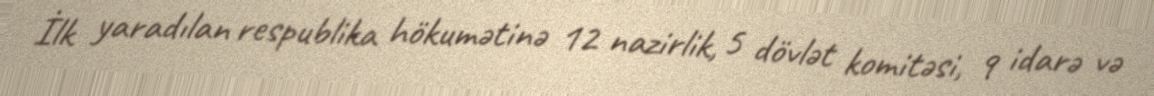
İlk yaradılan respublika hökumətinə 12 nazirlik, 5 dövlət komitəsi, 9 idarə və